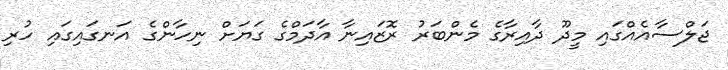
ޖަލްސާއެއްގައި މީދޫ ދާއިރާގެ މެންބަރު ރޮޒައިނާ އާދަމްގެ ގަޔަށް ނިހާންގެ އަނގައިގައި ހުރި